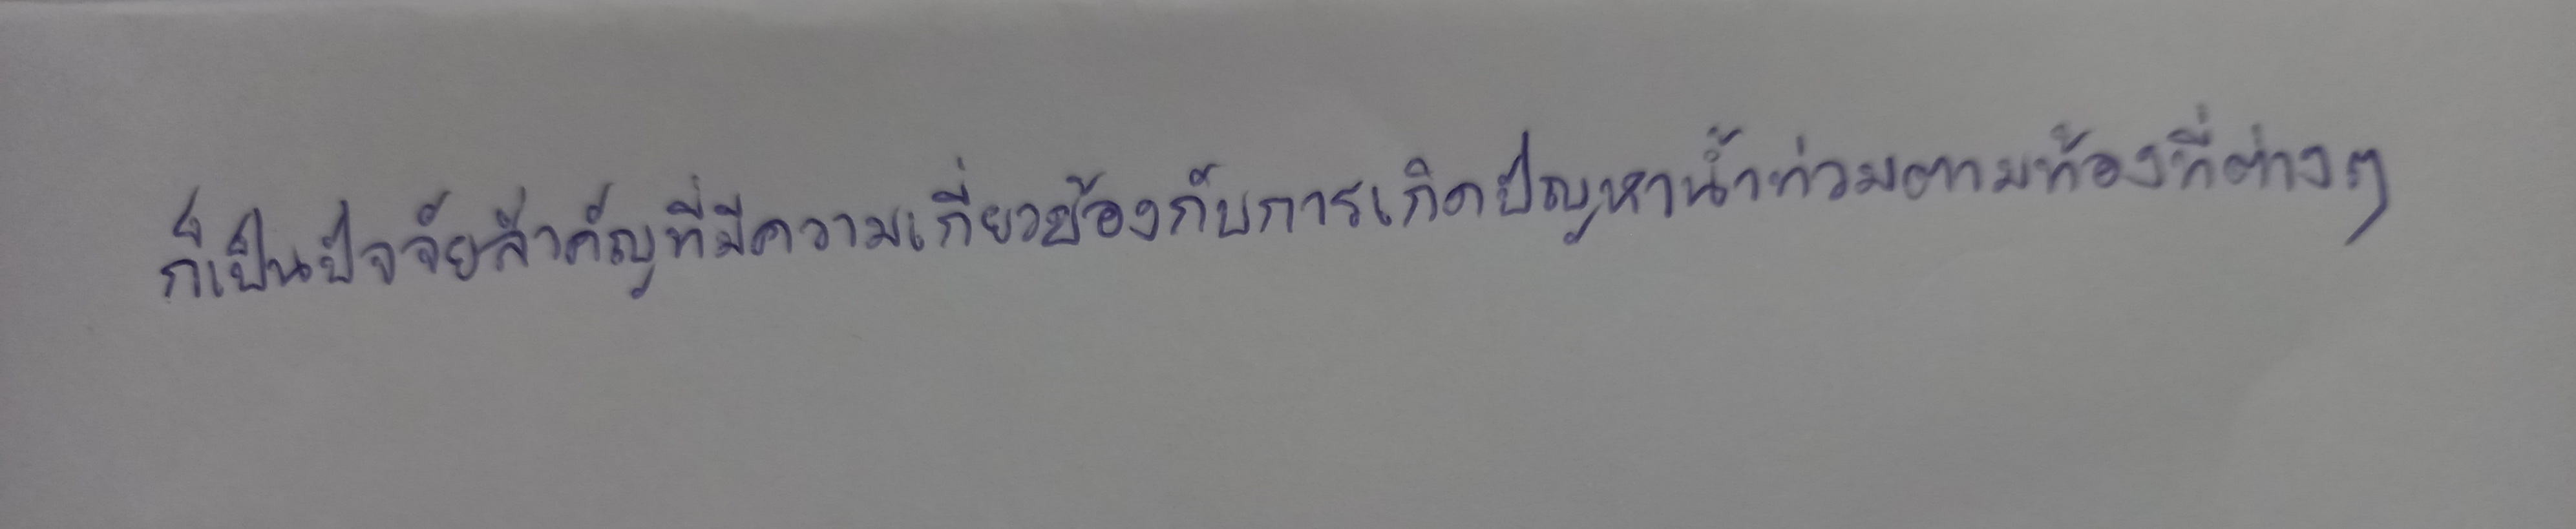
ก็เป็นปัจจัยสำคัญที่มีความเกี่ยวข้องกับการเกิดปัญหาน้ำท่วมตามท้องที่ต่างๆ